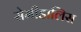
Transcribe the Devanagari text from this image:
सेमीडालिस